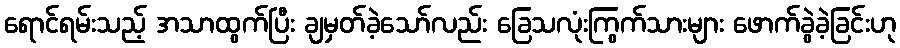
ရောင်ရမ်းသည့် အသာထွက်ပြီး ချမှတ်ခဲ့သော်လည်း ခြေသလုံးကြွက်သားများ ဖောက်ခွဲခဲ့ခြင်းဟု